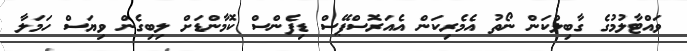
ވައްޓާލުމުގެ ގާބިލްކަން ނޯތު އެމެރިކަން އެއަރޮސްޕޭސް ޑިފެންސް ކޮމާންޑަށް ލިބިގެން ވިޔަސް ހަމަލާ